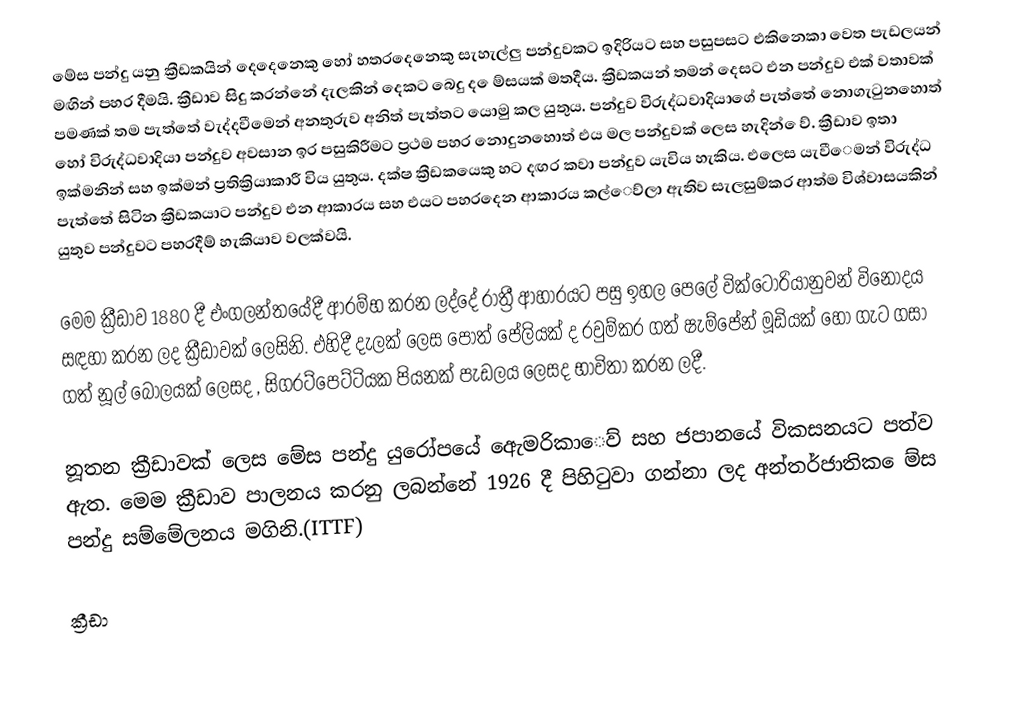
මේස‍ පන්දු යනු ක්‍රීඩකයින් දෙදෙනෙකු හෝ හතරදෙනෙකු සැහැල්ලු පන්දුවකට ඉදිරියට සහ පසුපසට එකිනෙකා වෙත පැඩලයන් මඟින් පහර දීමයි. ක්‍රීඩාව සිදු කරන්නේ දැලකින් දෙකට බෙදු ද ‍ෙම්‍සයක් මතදීය. ක්‍රීඩකයන් තමන් දෙසට එන පන්දුව එක් වතාවක් පමණක් තම පැත්තේ වැද්දවීමෙන් අනතුරුව අනිත් පැත්තට යොමු කල යුතුය. පන්දුව විරුද්ධවාදියාගේ පැත්තේ නොගැටුනහොත් හෝ විරුද්ධවාදියා පන්දුව අවසාන ඉර පසුකිරීමට ප්‍රථම පහර නොදුනහොත් එය මල පන්දුවක් ලෙස හැදින් ‍ෙව්‍. ක්‍රීඩාව ඉතා ඉක්මනින් සහ ඉක්මන් ප්‍රතික්‍රියාකාරී විය යුතුය. දක්ෂ ක්‍රීඩකයෙකු හට දඟර කවා පන්දුව යැවිය හැකිය. එලෙස යැවී‍ෙමන් විරුද්ධ පැත්තේ සිටින ක්‍රීඩකයාට පන්දුව එන ආකාරය සහ එයට පහරදෙන ආකාරය කල්‍‍‍‍ෙව්ලා ඇතිව සැලසුම්‍කර ආත්ම විශ්වාසයකින් යුතුව පන්දුවට පහරදී‍ම්‍ හැකියාව වලක්වයි.

මෙම ක්‍රීඩාව 1880 දී එංගලන්තයේදී ආරම්‍භ කරන ලද්දේ රාත්‍රී ආහාරයට පසු ඉහල පෙලේ වික්ටෝරියානුවන් විනෝදය සඳහා කරන ලද ක්‍රීඩාවක් ලෙසිනි. එහිදී දැලක් ලෙස පොත් පේලියක් ද රවුම්‍කර ගත් ෂැම්‍පේන් මූඩියක් හෝ ගැට ගසා ගත් නූල් බෝලයක් ලෙසද , සිගරට්‍පෙට්‍ටියක පියනක් පැඩලය ලෙසද භාවිතා කරන ලදී.

නූතන ක්‍රීඩාවක් ලෙස ‍මේස පන්දු යුරෝපයේ ඇ‍ෙමරිකා‍ෙව් සහ ජපානයේ විකසනයට පත්ව ඇත. මෙම ක්‍රීඩාව පාලනය කරනු ලබන්නේ 1926 දී පිහිටුවා ගන්නා ලද අන්තර්ජාතික ‍ෙම්‍ස පන්දු ස‍ම්මේලනය මගිනි.(ITTF)

ක්‍රීඩා